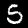
Label: 5